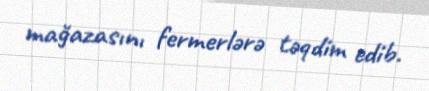
mağazasını fermerlərə təqdim edib.